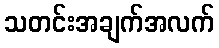
သတင်းအချက်အလက်